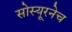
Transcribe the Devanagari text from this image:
सोस्यूरनेच